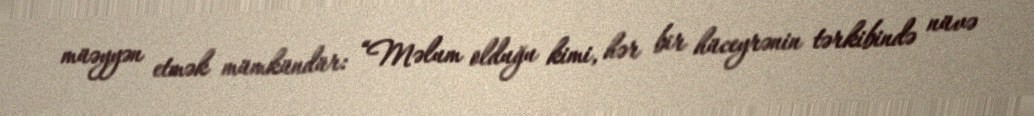
müəyyən etmək mümkündür: “Məlum olduğu kimi, hər bir hüceyrənin tərkibində nüvə